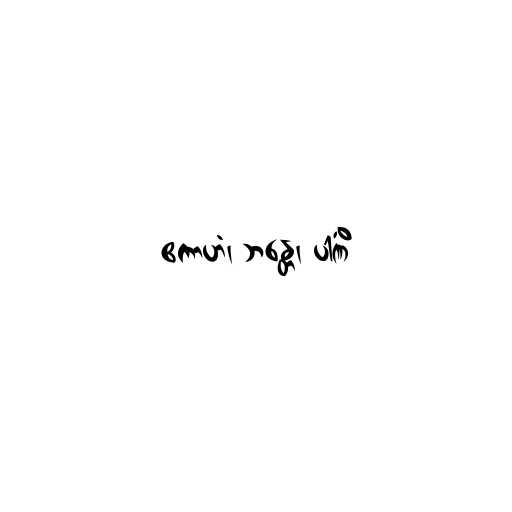
ဧကာဟံ၊ ဘန္တေ၊ ပါဏိံ